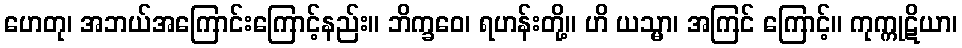
ဟေတု၊ အဘယ်အကြောင်းကြောင့်နည်း။ ဘိက္ခဝေ၊ ရဟန်းတို့။ ဟိ ယသ္မာ၊ အကြင် ကြောင့်။ ကုက္ကုဋိယာ၊